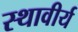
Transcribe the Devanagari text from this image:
स्थावीर्य